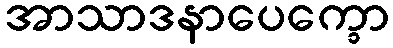
အာသာဒနာပေက္ခော